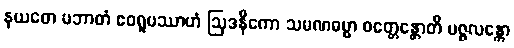
နယတေ ပဘာတံ ဧဝရူပဿာဟံ ဩဒနိကော သမဏဓမ္မာ ဝတ္တေန္တောတိ ပဇ္ဇလန္တော